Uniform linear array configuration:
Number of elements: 16
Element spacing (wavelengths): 0.75
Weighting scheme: hamming
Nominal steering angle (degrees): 30
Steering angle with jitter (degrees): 28.44
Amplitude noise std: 0.05
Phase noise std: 0.05

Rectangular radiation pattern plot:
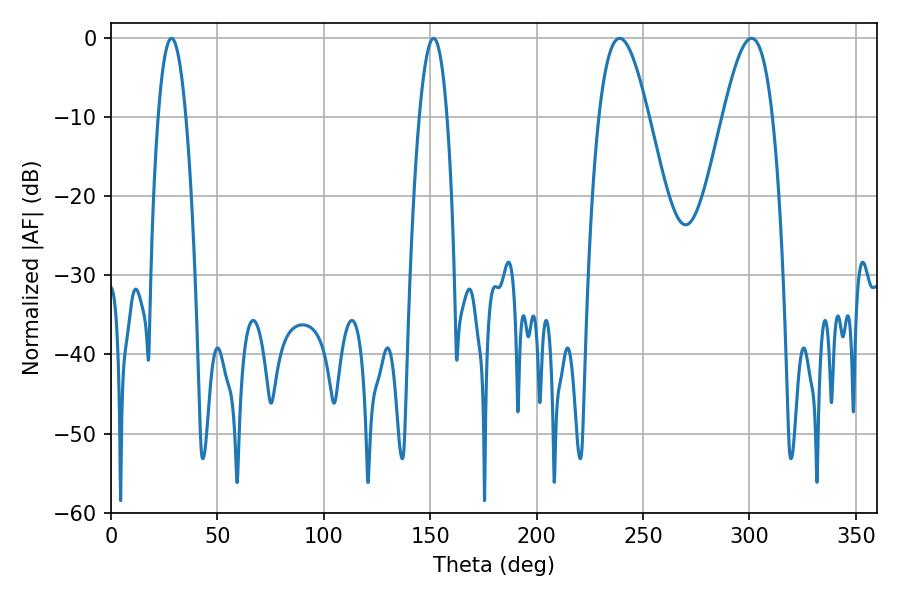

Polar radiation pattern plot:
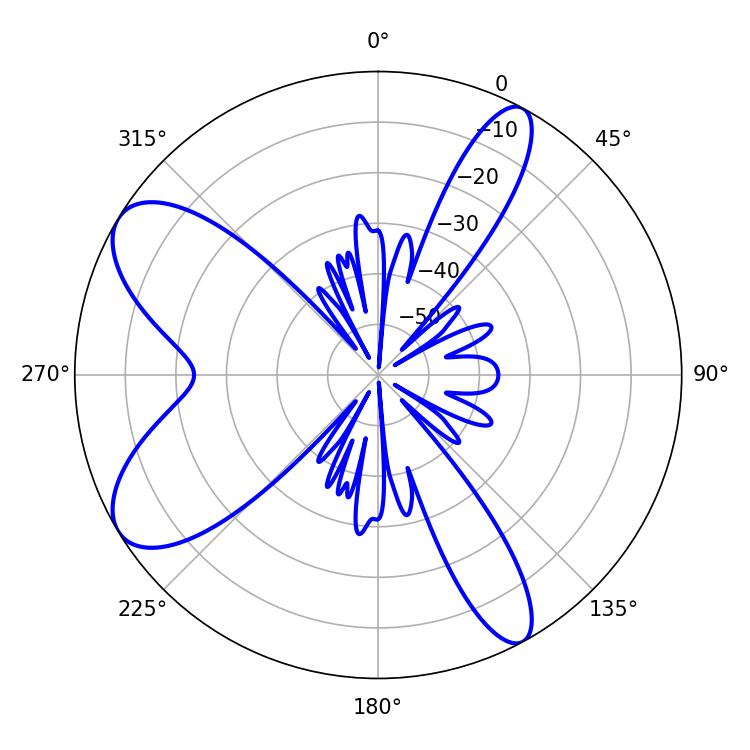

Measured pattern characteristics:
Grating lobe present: TRUE
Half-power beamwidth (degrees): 7.2
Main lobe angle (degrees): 28.44